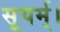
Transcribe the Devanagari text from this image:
सूयर्म्।